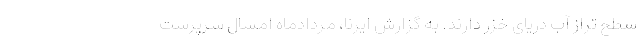
سطح تراز آب دریای خزر دارند. به گزارش ایرنا، مردادماه امسال سرپرست